Annual returns of the Patna Lunatic Asylum at Bankipore in Bihar and Orissa - 1912-1924
Year: 1912
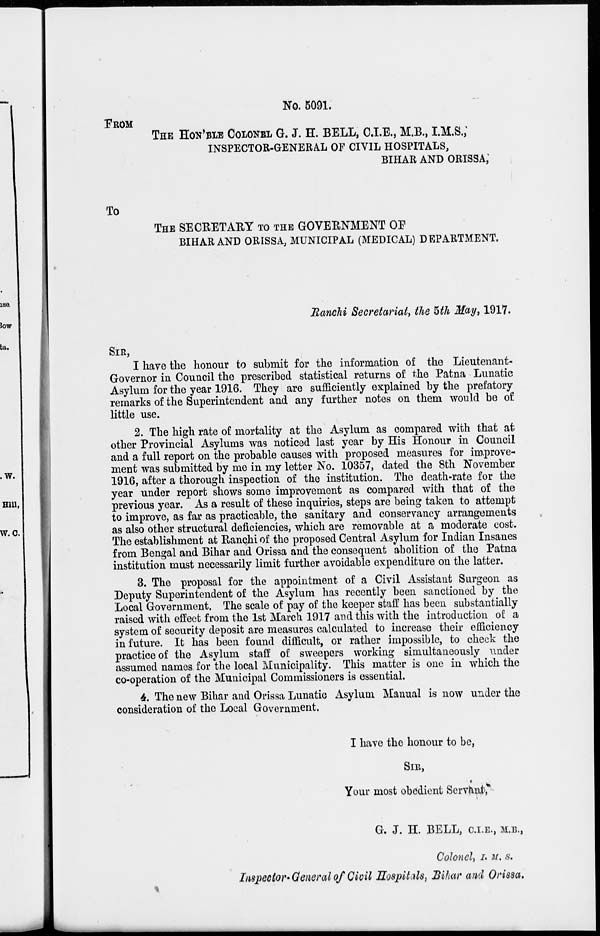
No. 5091.
FROM
THE HON'BLE COLONEL G. J. H. BELL, C.I.E., M.B., I.M.S.,
INSPECTOR-GENERAL OF CIVIL HOSPITALS,
BIHAR AND ORISSA,
To
THE SECRETARY TO THE GOVERNMENT OF
BIHAR AND ORISSA, MUNICIPAL (MEDICAL) DEPARTMENT.
Ranchi Secretariat, the 5th May, 1917.
SIR,
I have the honour to submit for the information of the Lieutenant-
Governor in Council the prescribed statistical returns of the Patna Lunatic
Asylum for the year 1916. They are sufficiently explained by the prefatory
remarks of the Superintendent and any further notes on them would be of
little use.
2. The high rate of mortality at the Asylum as compared with that at
other Provincial Asylums was noticed last year by His Honour in Council
and a full report on the probable causes with proposed measures for improve-
ment was submitted by me in my letter No. 10357, dated the 8th November
1916, after a thorough inspection of the institution. The death-rate for the
year under report shows some improvement as compared with that of the
previous year. As a result of these inquiries, steps are being taken to attempt
to improve, as far as practicable, the sanitary and conservancy arrangements
as also other structural deficiencies, which are removable at a moderate cost.
The establishment at Ranchi of the proposed Central Asylum for Indian Insanes
from Bengal and Bihar and Orissa and the consequent abolition of the Patna
institution must necessarily limit further avoidable expenditure on the latter.
3. The proposal for the appointment of a Civil Assistant Surgeon as
Deputy Superintendent of the Asylum has recently been sanctioned by the
Local Government. The scale of pay of the keeper staff has been substantially
raised with effect from the 1st March 1917 and this with the introduction of a
system of security deposit are measures calculated to increase their efficiency
in future. It has been found difficult, or rather impossible, to check the
practice of the Asylum staff of sweepers working simultaneously under
assumed names for the local Municipality. This matter is one in which the
co-operation of the Municipal Commissioners is essential.
4. The new Bihar and Orissa Lunatic Asylum Manual is now under the
consideration of the Local Government.
I have the honour to be,
SIR,
Your most obedient Servant,
G. J. H. BELL, C.I.E., M.B.,
Colonel, I. M. S.
Inspector- General of Civil Hospitals, Bihar and Orissa.